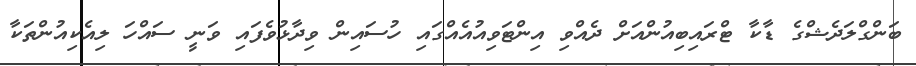
ބަންގްލަދެޝްގެ ޑާކާ ޓްރައިބިއުންއަށް ދެއްވި އިންޓަވިއުއެއްގައި ހުސައިން ވިދާޅުވެފައި ވަނީ ސައްހަ ލިއެކިއުންތަކާ